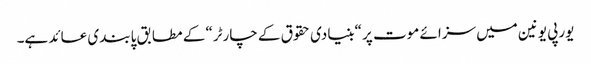
یورپی یونین میں سزائے موت پر “بنیادی حقوق کے چارٹر“ کے مطابق پابندی عائد ہے۔